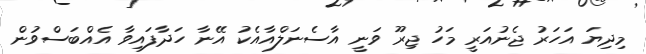
މިދިޔަ އަހަރު ޖެނުއަރީ މަހު ޖިރޫ ވަނީ އާސެނަލްއާއެކު އޭނާ ހަދާފައިވާ އެއްބަސްވުން